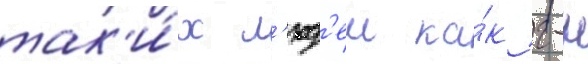
так'и́х л'юд'еи ка́к г-н